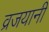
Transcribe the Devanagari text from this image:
व्रजयानी